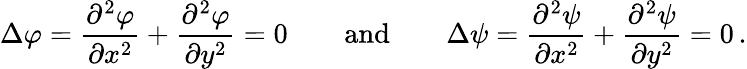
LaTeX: \Delta\varphi={\frac{\partial^{2}\varphi}{\partial x^{2}}}+{\frac{\partial^{2}\varphi}{\partial y^{2}}}=0\qquad{\mathrm{and}}\qquad\Delta\psi={\frac{\partial^{2}\psi}{\partial x^{2}}}+{\frac{\partial^{2}\psi}{\partial y^{2}}}=0\, .